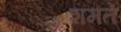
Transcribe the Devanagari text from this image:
शमते